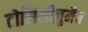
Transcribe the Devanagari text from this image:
टोसिलीज़ुमैब